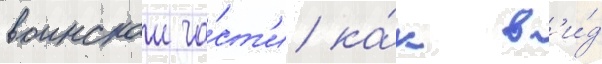
воинскои ча́ст'и ка́к в'и́д